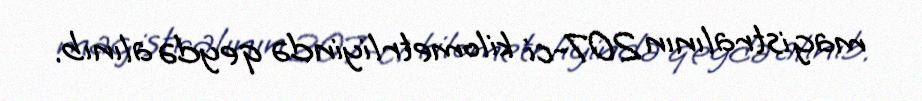
magistralının 207-ci kilometrliyində qeydə alınıb.